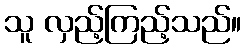
သူ လှည့်ကြည့်သည်။